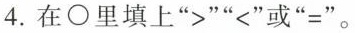
4.在○里填上”>””<”或”=”。